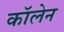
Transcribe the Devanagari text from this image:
कॉलेन